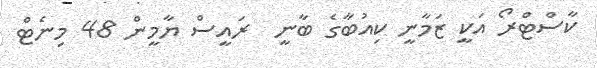
ކާސްޓްރޯ އަކީ ޒަމާނީ ކިއުބާގެ ބާނީ  ރައީސް ޔާމީން 48 މިނެޓް